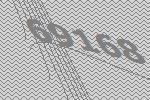
69168